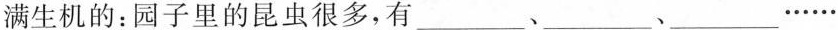
满生机的：园子里的昆虫很多，有___、___、___、…